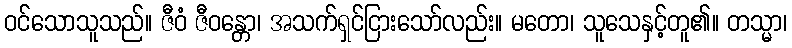
ဝင်သောသူသည်။ ဇီဝံ ဇီဝန္တော၊ အသက်ရှင်ငြားသော်လည်း။ မတော၊ သူသေနှင့်တူ၏။ တသ္မာ၊